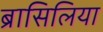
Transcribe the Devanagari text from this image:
ब्रासिलिया